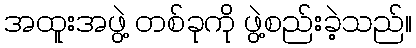
အထူးအဖွဲ့ တစ်ခုကို ဖွဲ့စည်းခဲ့သည်။